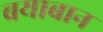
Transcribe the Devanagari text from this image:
बयाबान